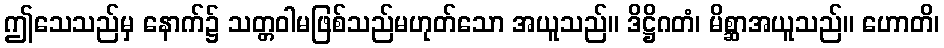
ဤသေသည်မှ နောက်၌ သတ္တဝါမဖြစ်သည်မဟုတ်သော အယူသည်။ ဒိဋ္ဌိဂတံ၊ မိစ္ဆာအယူသည်။ ဟောတိ၊